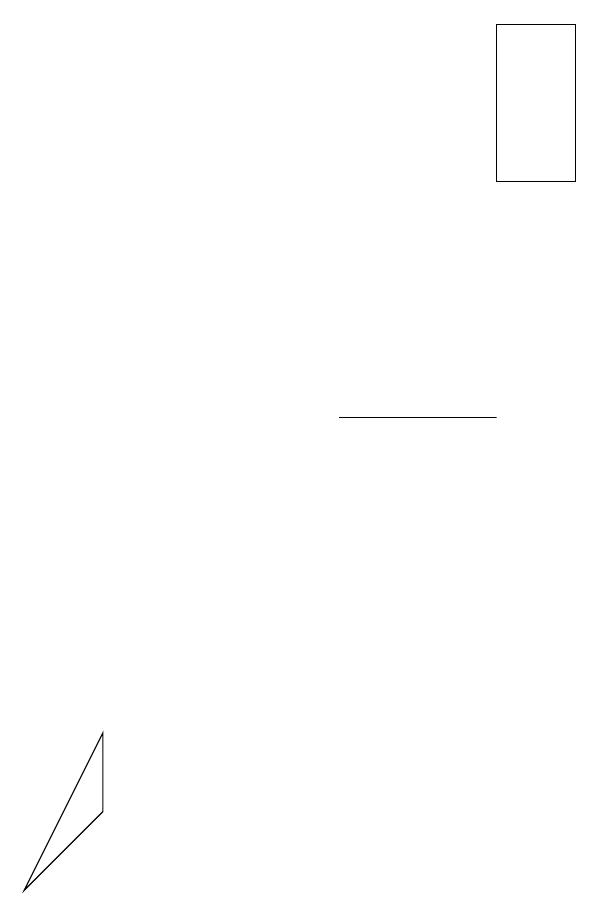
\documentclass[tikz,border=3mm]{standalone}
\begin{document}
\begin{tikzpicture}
\draw (5,11) rectangle (7,11);
\draw (1,5) -- (2,7) -- (2,6) -- cycle;
\draw (8,14) rectangle (7,16);
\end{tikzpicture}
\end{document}